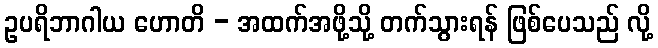
ဥပရိဘာဂါယ ဟောတိ - အထက်အဖို့သို့ တက်သွားရန် ဖြစ်ပေသည် လို့